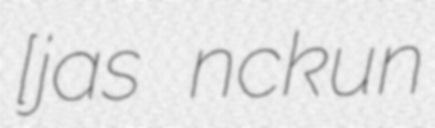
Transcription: [ˈjaːs ˈnɒckun